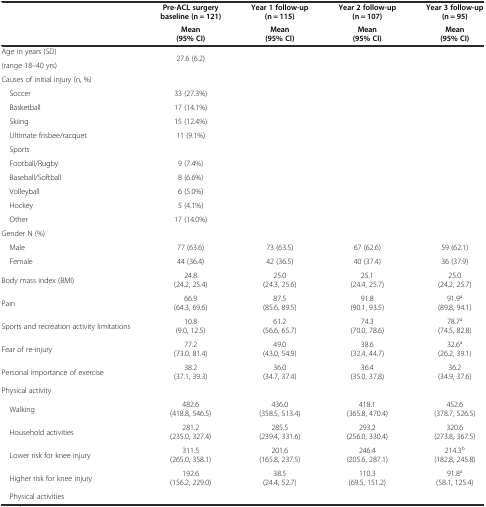
<table><thead><tr><td rowspan="2"></td><td><b>Pre-ACL surgery baseline (n = 121)</b></td><td><b>Year 1 follow-up (n = 115)</b></td><td><b>Year 2 follow-up (n = 107)</b></td><td><b>Year 3 follow-up (n = 95)</b></td></tr><tr><td><b>Mean (95% CI)</b></td><td><b>Mean (95% CI)</b></td><td><b>Mean (95% CI)</b></td><td><b>Mean (95% CI)</b></td></tr></thead><tbody><tr><td>Age in years (SD)</td><td rowspan="2">27.6 (6.2)</td><td rowspan="2"></td><td rowspan="2"></td><td rowspan="2"></td></tr><tr><td>(range 18–40 yrs)</td></tr><tr><td>Causes of initial injury (n, %)</td><td></td><td></td><td></td><td></td></tr><tr><td> Soccer</td><td>33 (27.3%)</td><td></td><td></td><td></td></tr><tr><td> Basketball</td><td>17 (14.1%)</td><td></td><td></td><td></td></tr><tr><td> Skiing</td><td>15 (12.4%)</td><td></td><td></td><td></td></tr><tr><td> Ultimate frisbee/racquet</td><td>11 (9.1%)</td><td></td><td></td><td></td></tr><tr><td> Sports</td><td></td><td></td><td></td><td></td></tr><tr><td> Football/Rugby</td><td>9 (7.4%)</td><td></td><td></td><td></td></tr><tr><td> Baseball/Softball</td><td>8 (6.6%)</td><td></td><td></td><td></td></tr><tr><td> Volleyball</td><td>6 (5.0%)</td><td></td><td></td><td></td></tr><tr><td> Hockey</td><td>5 (4.1%)</td><td></td><td></td><td></td></tr><tr><td> Other</td><td>17 (14.0%)</td><td></td><td></td><td></td></tr><tr><td>Gender N (%)</td><td></td><td></td><td></td><td></td></tr><tr><td> Male</td><td>77 (63.6)</td><td>73 (63.5)</td><td>67 (62.6)</td><td>59 (62.1)</td></tr><tr><td> Female</td><td>44 (36.4)</td><td>42 (36.5)</td><td>40 (37.4)</td><td>36 (37.9)</td></tr><tr><td>Body mass index (BMI)</td><td>24.8 (24.2, 25.4)</td><td>25.0 (24.3, 25.6)</td><td>25.1 (24.4, 25.7)</td><td>25.0 (24.2, 25.7)</td></tr><tr><td>Pain</td><td>66.9 (64.3, 69.6)</td><td>87.5 (85.6, 89.5)</td><td>91.8 (90.1, 93.5)</td><td>91.9<sup>a</sup> (89.8, 94.1)</td></tr><tr><td>Sports and recreation activity limitations</td><td>10.8 (9.0, 12.5)</td><td>61.2 (56.6, 65.7)</td><td>74.3(70.0, 78.6)</td><td>78.7<sup>a</sup>(74.5, 82.8)</td></tr><tr><td>Fear of re-injury</td><td>77.2(73.0, 81.4)</td><td>49.0(43.0, 54.9)</td><td>38.6(32.4, 44.7)</td><td>32.6<sup>a</sup>(26.2, 39.1)</td></tr><tr><td>Personal importance of exercise</td><td>38.2(37.1, 39.3)</td><td>36.0(34.7, 37.4)</td><td>36.4(35.0, 37.8)</td><td>36.2(34.9, 37.6)</td></tr><tr><td>Physical activity</td><td></td><td></td><td></td><td></td></tr><tr><td> Walking</td><td>482.6(418.8, 546.5)</td><td>436.0(358.5, 513.4)</td><td>418.1(365.8, 470.4)</td><td>452.6(378.7, 526.5)</td></tr><tr><td> Household activities</td><td>281.2(235.0, 327.4)</td><td>285.5(239.4, 331.6)</td><td>293.2(256.0, 330.4)</td><td>320.6(273.8, 367.5)</td></tr><tr><td> Lower risk for knee injury</td><td>311.5(265.0, 358.1)</td><td>201.6(165.8, 237.5)</td><td>246.4(205.6, 287.1)</td><td>214.3<sup>b</sup>(182.8, 245.8)</td></tr><tr><td> Higher risk for knee injury</td><td>192.6(156.2, 229.0)</td><td>38.5(24.4, 52.7)</td><td>110.3(69.5, 151.2)</td><td>91.8<sup>a</sup>(58.1, 125.4)</td></tr><tr><td colspan="5"> Physical activities</td></tr></tbody></table>